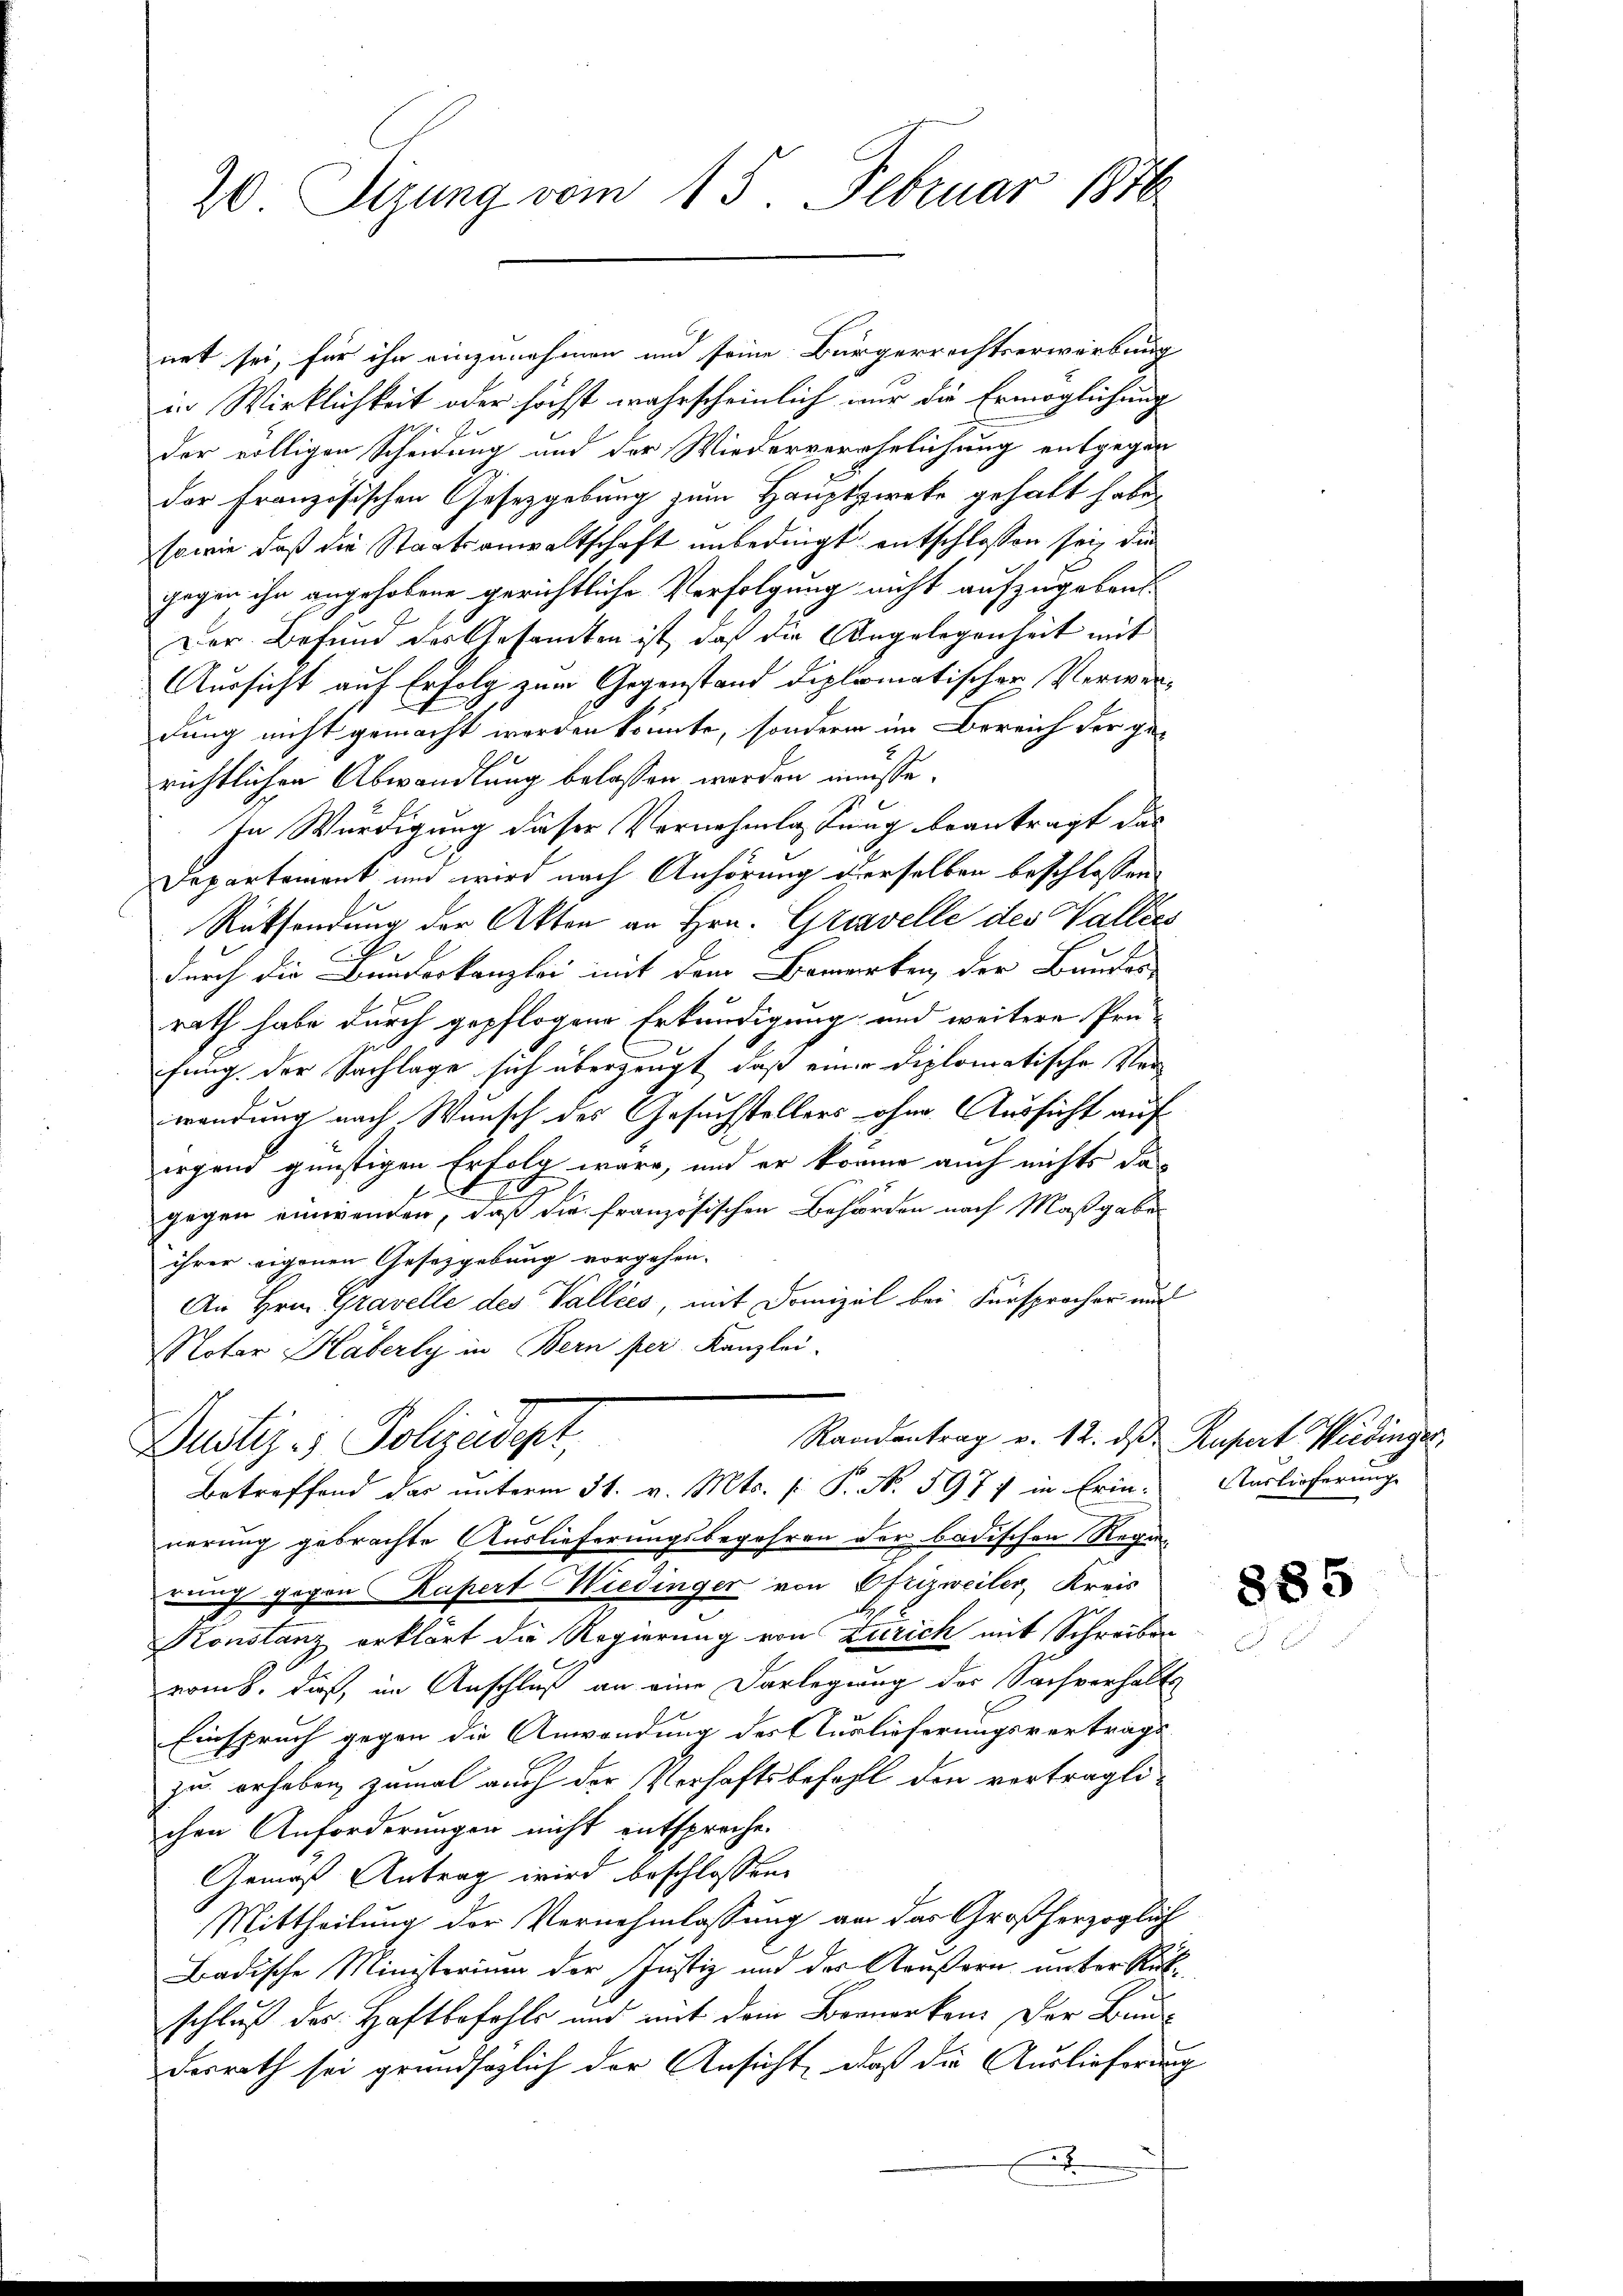
20 Sizung vom 15. Februar 1876

net sei, für ihn einzunehmen und seine Bürgerrechtserwerbung
in Wirklichkeit oder höchst wahrscheinlich nur die Ermöglichung
der völligen Scheidung und der Wiederverehrlichung entgegen
der Französischen Gesetzgebung zum Hauptzwecke gehabt habe,
sowie daß die Staatsanwaltschaft unbedingt entschlossen sei, die
gegen ihn angehobene gerichtliche Verfolgung nicht aufzugeben:
Der Befund des Gesamten ist, daß die Angelegenheit mit
Aussicht auf Erfolg zum Gegenstand diplomatischer Verwerdung nicht gemacht werden könnte, sondern im Bereich der gerichtlichen Abwandlung belassen werden müsse.
In Würdigung dieser Vornehmlassung beantragt das
Departement und wird nach Anhörung derselben beschlossen:
Rücksendung der Akten an Hrn. Gravelle des Vallers
durch die Bundeskanzlei mit dem Bemerken der Bunder-
rath habe durch gepflogen Erkundigung und weitere Prü-
fung der Sachlage sich überzeugt, daß einer Diplomatische Verwendung nach Wunsch des Gesuchstellers ohne Aussicht auf
irgend günstigen Erfolg wäre, und er könne auch nichts dagegen einwenden, daß die französischen Behörden nach Maßgabe
ihrer eigenen Gesetzgebung vorgehen.
An Hrn. Gravelle des Valliés, mit Domizil bei Fürsprocher auc
Notar Häberly in Bern der Kanzlei-
Raadentrag v. 12. ds. Rupert Wiedinger,
Justiz - Polizeidigt,
Betreffend das unterm 31. v. Mts. f. P. N. 597 in Erinnerung gebrachte Auslieferungsbegehren der badischen Regih gegen Kapert Wiedinger von Pfrizweiler, Kreis
Konstanz erklärt die Regierung von Zürich mit Schreiben
roms. dies, im Anschluß an eine Darlegung des Sachverhalt
Einspruch gegen die Anwendung des Auslieferungsvertrags
zu erhaben, zumal auch der Verhaftsbefehlt den verträgli-
chen Anforderungen nicht entspreche.
Gemäß Antrag wird beschlossen:
Mittheilung der Vernehmlassung an das Großherzoglich
Badische Ministerium der Justiz und der Arastern unter Rükschluß des Haftbefehls und mit dem Bernerken. Der Bundesrath sei grundsaglich der Ansicht, daß die Auslieferung
x
E

Auslieferung

885